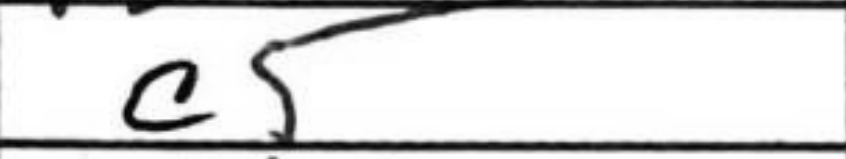
Transcription: c5